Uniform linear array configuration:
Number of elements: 16
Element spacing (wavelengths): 0.75
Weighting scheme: cosine
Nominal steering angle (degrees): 30
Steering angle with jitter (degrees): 31.885
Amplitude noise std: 0.05
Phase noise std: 0.05

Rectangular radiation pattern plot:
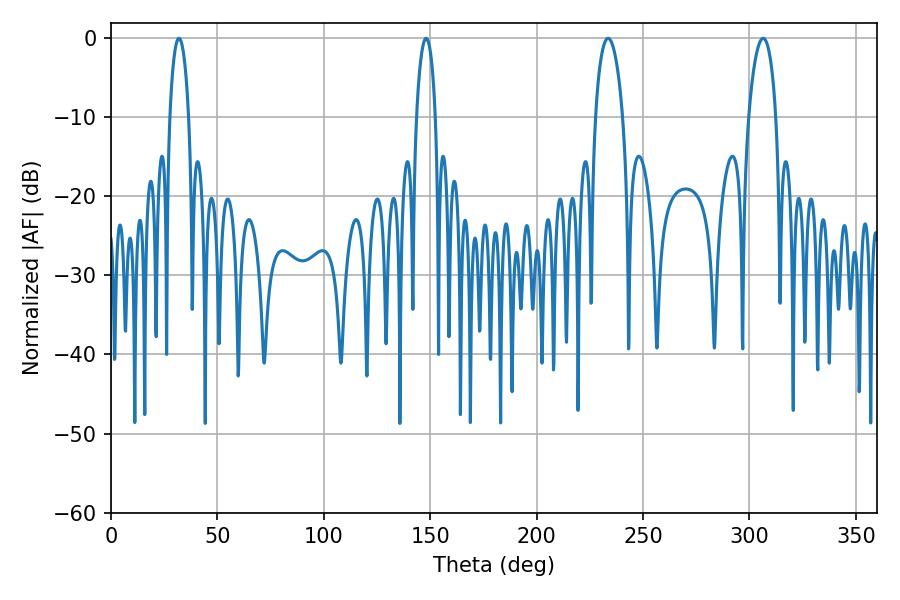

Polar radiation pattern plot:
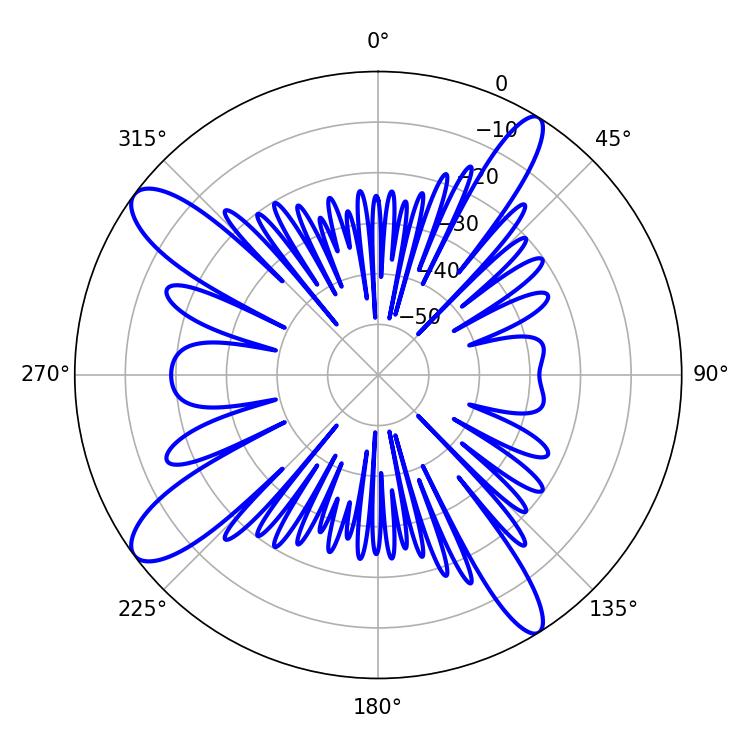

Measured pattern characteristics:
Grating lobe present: TRUE
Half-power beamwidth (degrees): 7.38
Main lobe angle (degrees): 233.64